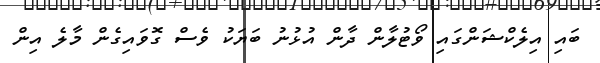
ބައި އިލެކްޝަންގައި ވޯޓުލާން ދާން އުޅުނު ބަޔަކު ވެސް ގޮވައިގެން މާލެ އިން